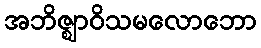
အဘိဇ္ဈာဝိသမလောဘော